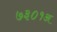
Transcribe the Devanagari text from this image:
७३०१अ